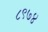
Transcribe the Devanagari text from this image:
८९७४